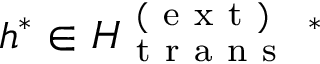
h ^ { * } \in H _ { \mathrm { ~ t ~ r ~ a ~ n ~ s ~ } } ^ { \mathrm { ~ ( ~ e ~ x ~ t ~ ) ~ } } { } ^ { \ * }